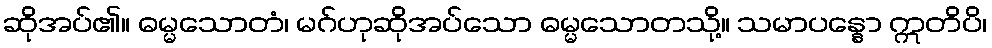
ဆိုအပ်၏။ ဓမ္မသောတံ၊ မဂ်ဟုဆိုအပ်သော ဓမ္မသောတသို့။ သမာပန္နော ဣတိပိ၊